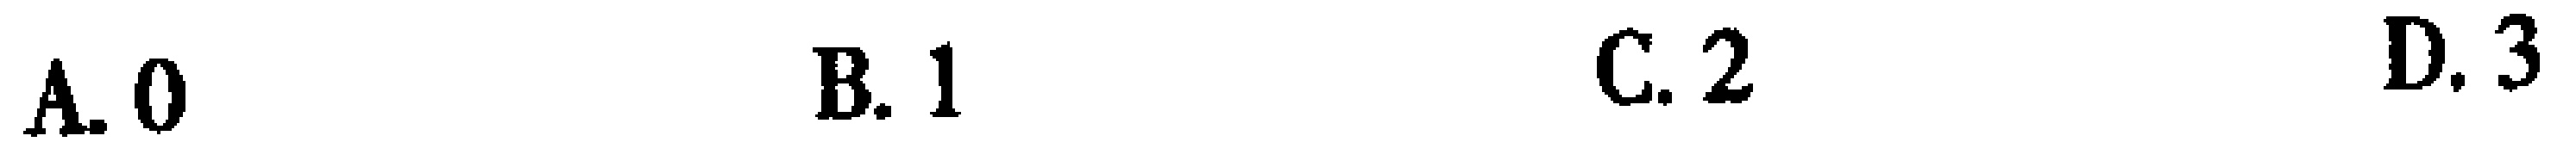
A. 0  B. 1  C. 2  D. 3